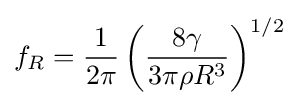
f_{R}={\frac {1}{2\pi }}\left({\frac {8\gamma }{3\pi \rho R^{3}}}\right)^{1/2}